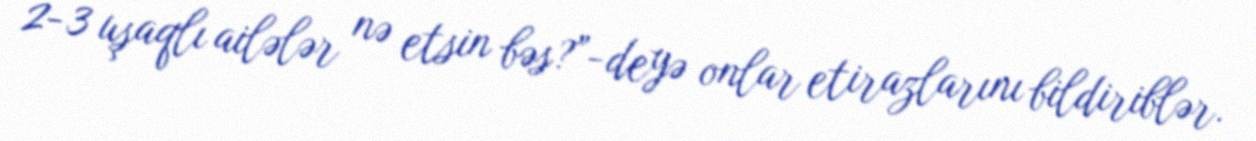
2-3 uşaqlı ailələr nə etsin bəs?”-deyə onlar etirazlarını bildiriblər.